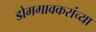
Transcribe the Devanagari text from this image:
डोमगावकरांच्या